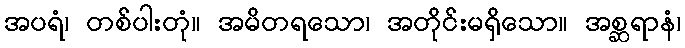
အပရံ၊ တစ်ပါးတုံ။ အမိတရသော၊ အတိုင်းမရှိသော။ အစ္ဆရာနံ၊